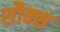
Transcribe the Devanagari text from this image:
शौक्स